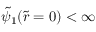
\tilde { \psi } _ { 1 } ( \tilde { r } = 0 ) < \infty